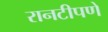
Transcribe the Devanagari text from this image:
रानटीपणे